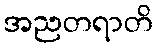
အညတရာတိ